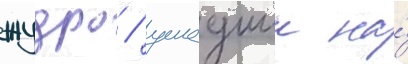
жудро / ушедшии на́